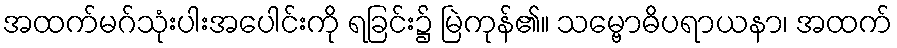
အထက်မဂ်သုံးပါးအပေါင်းကို ရခြင်း၌ မြဲကုန်၏။ သမ္ဗောဓိပရာယနာ၊ အထက်